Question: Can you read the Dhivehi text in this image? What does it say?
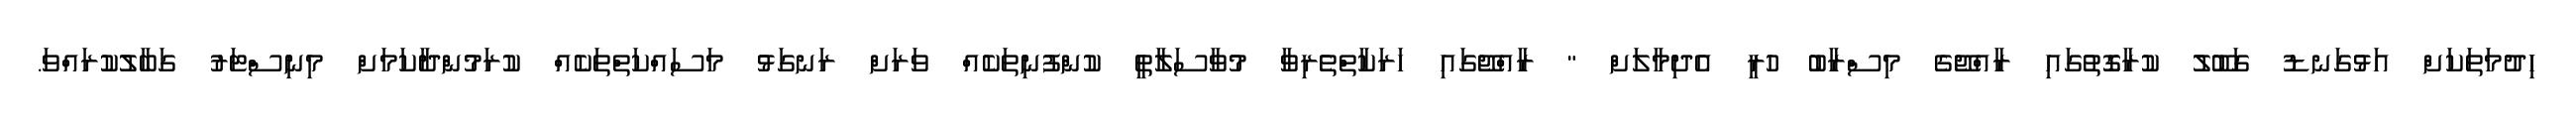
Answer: ހިދުމަތަކަށް އަޅުގަނޑު ގަބޫލު ކުރާގޮތުގައި ރާއްޖޭގެ މިސްރާބު ހުރީ އެދިމާލަށް " ރާއްޖޭގައި ހަރަކާތްތެރިވާ މުވާސަލާތީ ކުންފުނިތަކެއް ވަރަށް ރަނގަޅު މަސައްކަތްތަކެއް ކުރަމުންދާކަމަށް މިނިސްޓަރު ގަބާލުކުރައްވަ.